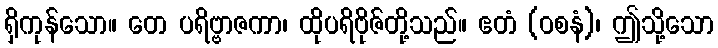
ရှိကုန်သော။ တေ ပရိဗ္ဗာဇကာ၊ ထိုပရိဗိုဇ်တို့သည်။ ဧတံ (ဝစနံ)၊ ဤသို့သော